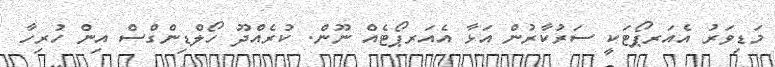
މަޑިވަރު އެއަރޕޯޓަކީ ސަރުކާރުން އަޅާ އެއަރޕޯޓެއް ނޫން. ކުރެއްދޫ ހޯލްޑިންގްސް އިން ހުރިހާ